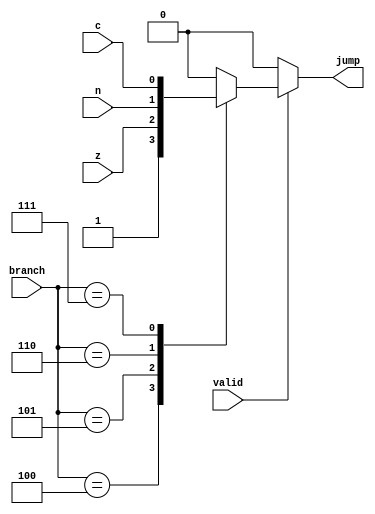
module branch_logic (
  input valid,
  input z, n, c,
  input [2:0] branch,
  output reg jump
);

  parameter JMP = 3'b100;
  parameter  JZ = 3'b101;
  parameter  JN = 3'b110;
  parameter  JC = 3'b111;

  always @(*) begin
    // default: no jump
    jump = 1'b0;
    
    // check if valid
    if (valid) begin
      // calculate jump
      case (branch)
        JMP: jump = 1'b1;
        JZ: jump = z;
        JN: jump = n;
        JC: jump = c;
      endcase
    end
  end

endmodule